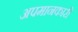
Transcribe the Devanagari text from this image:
अपमानकारी